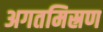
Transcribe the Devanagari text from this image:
अगतमिस्रण